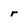
Character: r